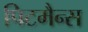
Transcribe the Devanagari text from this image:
पिटमैन्स